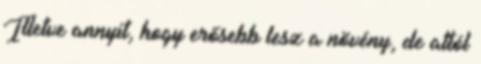
Illetve annyit, hogy erősebb lesz a növény, de attól